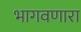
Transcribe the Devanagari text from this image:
भागवणारा